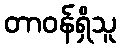
တာဝန်ရှိသူ